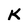
Character: K